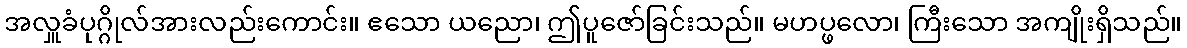
အလှူခံပုဂ္ဂိုလ်အားလည်းကောင်း။ ဧသော ယညော၊ ဤပူဇော်ခြင်းသည်။ မဟပ္ဖလော၊ ကြီးသော အကျိုးရှိသည်။